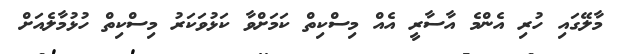
މާލޭގައި ހުރި އެންމެ އާސާރީ އެއް މިސްކިތް ކަމަށްވާ ކަޅުވަކަރު މިސްކިތް ހުޅުމާލެއަށް